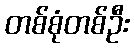
တစ်စုံတစ်ဦး